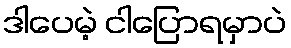
ဒါပေမဲ့ ငါပြောရမှာပဲ